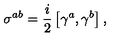
\sigma ^ { a b } = \frac { i } { 2 } \left[ \gamma ^ { a } , \gamma ^ { b } \right] ,